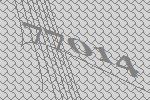
77014